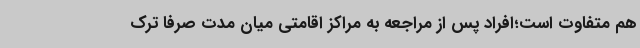
هم متفاوت است؛افراد پس از مراجعه به مراکز اقامتی میان مدت صرفاً ترک